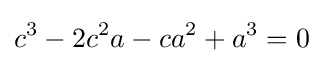
c^{3}-2c^{2}a-ca^{2}+a^{3}=0